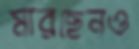
মারছেনও